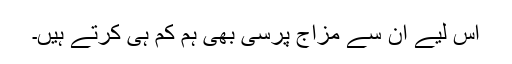
اس لیے ان سے مزاج پرسی بھی ہم کم ہی کرتے ہیں۔